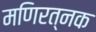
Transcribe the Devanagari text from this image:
मणिरत्‍नक